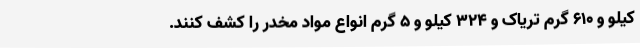
کیلو و 610 گرم تریاک و 324 کیلو و 5 گرم انواع مواد مخدر را کشف کنند.